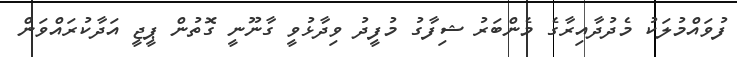
ފުވައްމުލަކު މެދުދާއިރާގެ މެންބަރު ޝިފާގު މުފީދު ވިދާޅުވީ ގާނޫނީ ގޮތުން ޕީޖީ އަދާކުރައްވަން